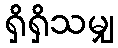
ရှိရှိသမျှ